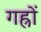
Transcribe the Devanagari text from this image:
गह्रों